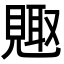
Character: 𮗕